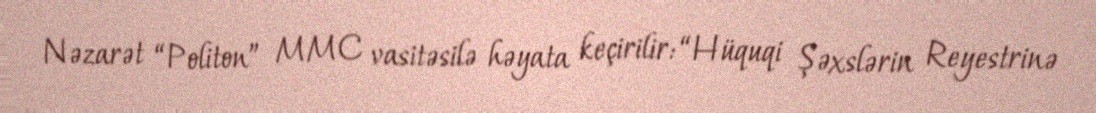
Nəzarət “Politon” MMC vasitəsilə həyata keçirilir: “Hüquqi Şəxslərin Reyestrinə